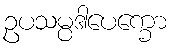
ဥပသမ္ပဒါပေက္ခော